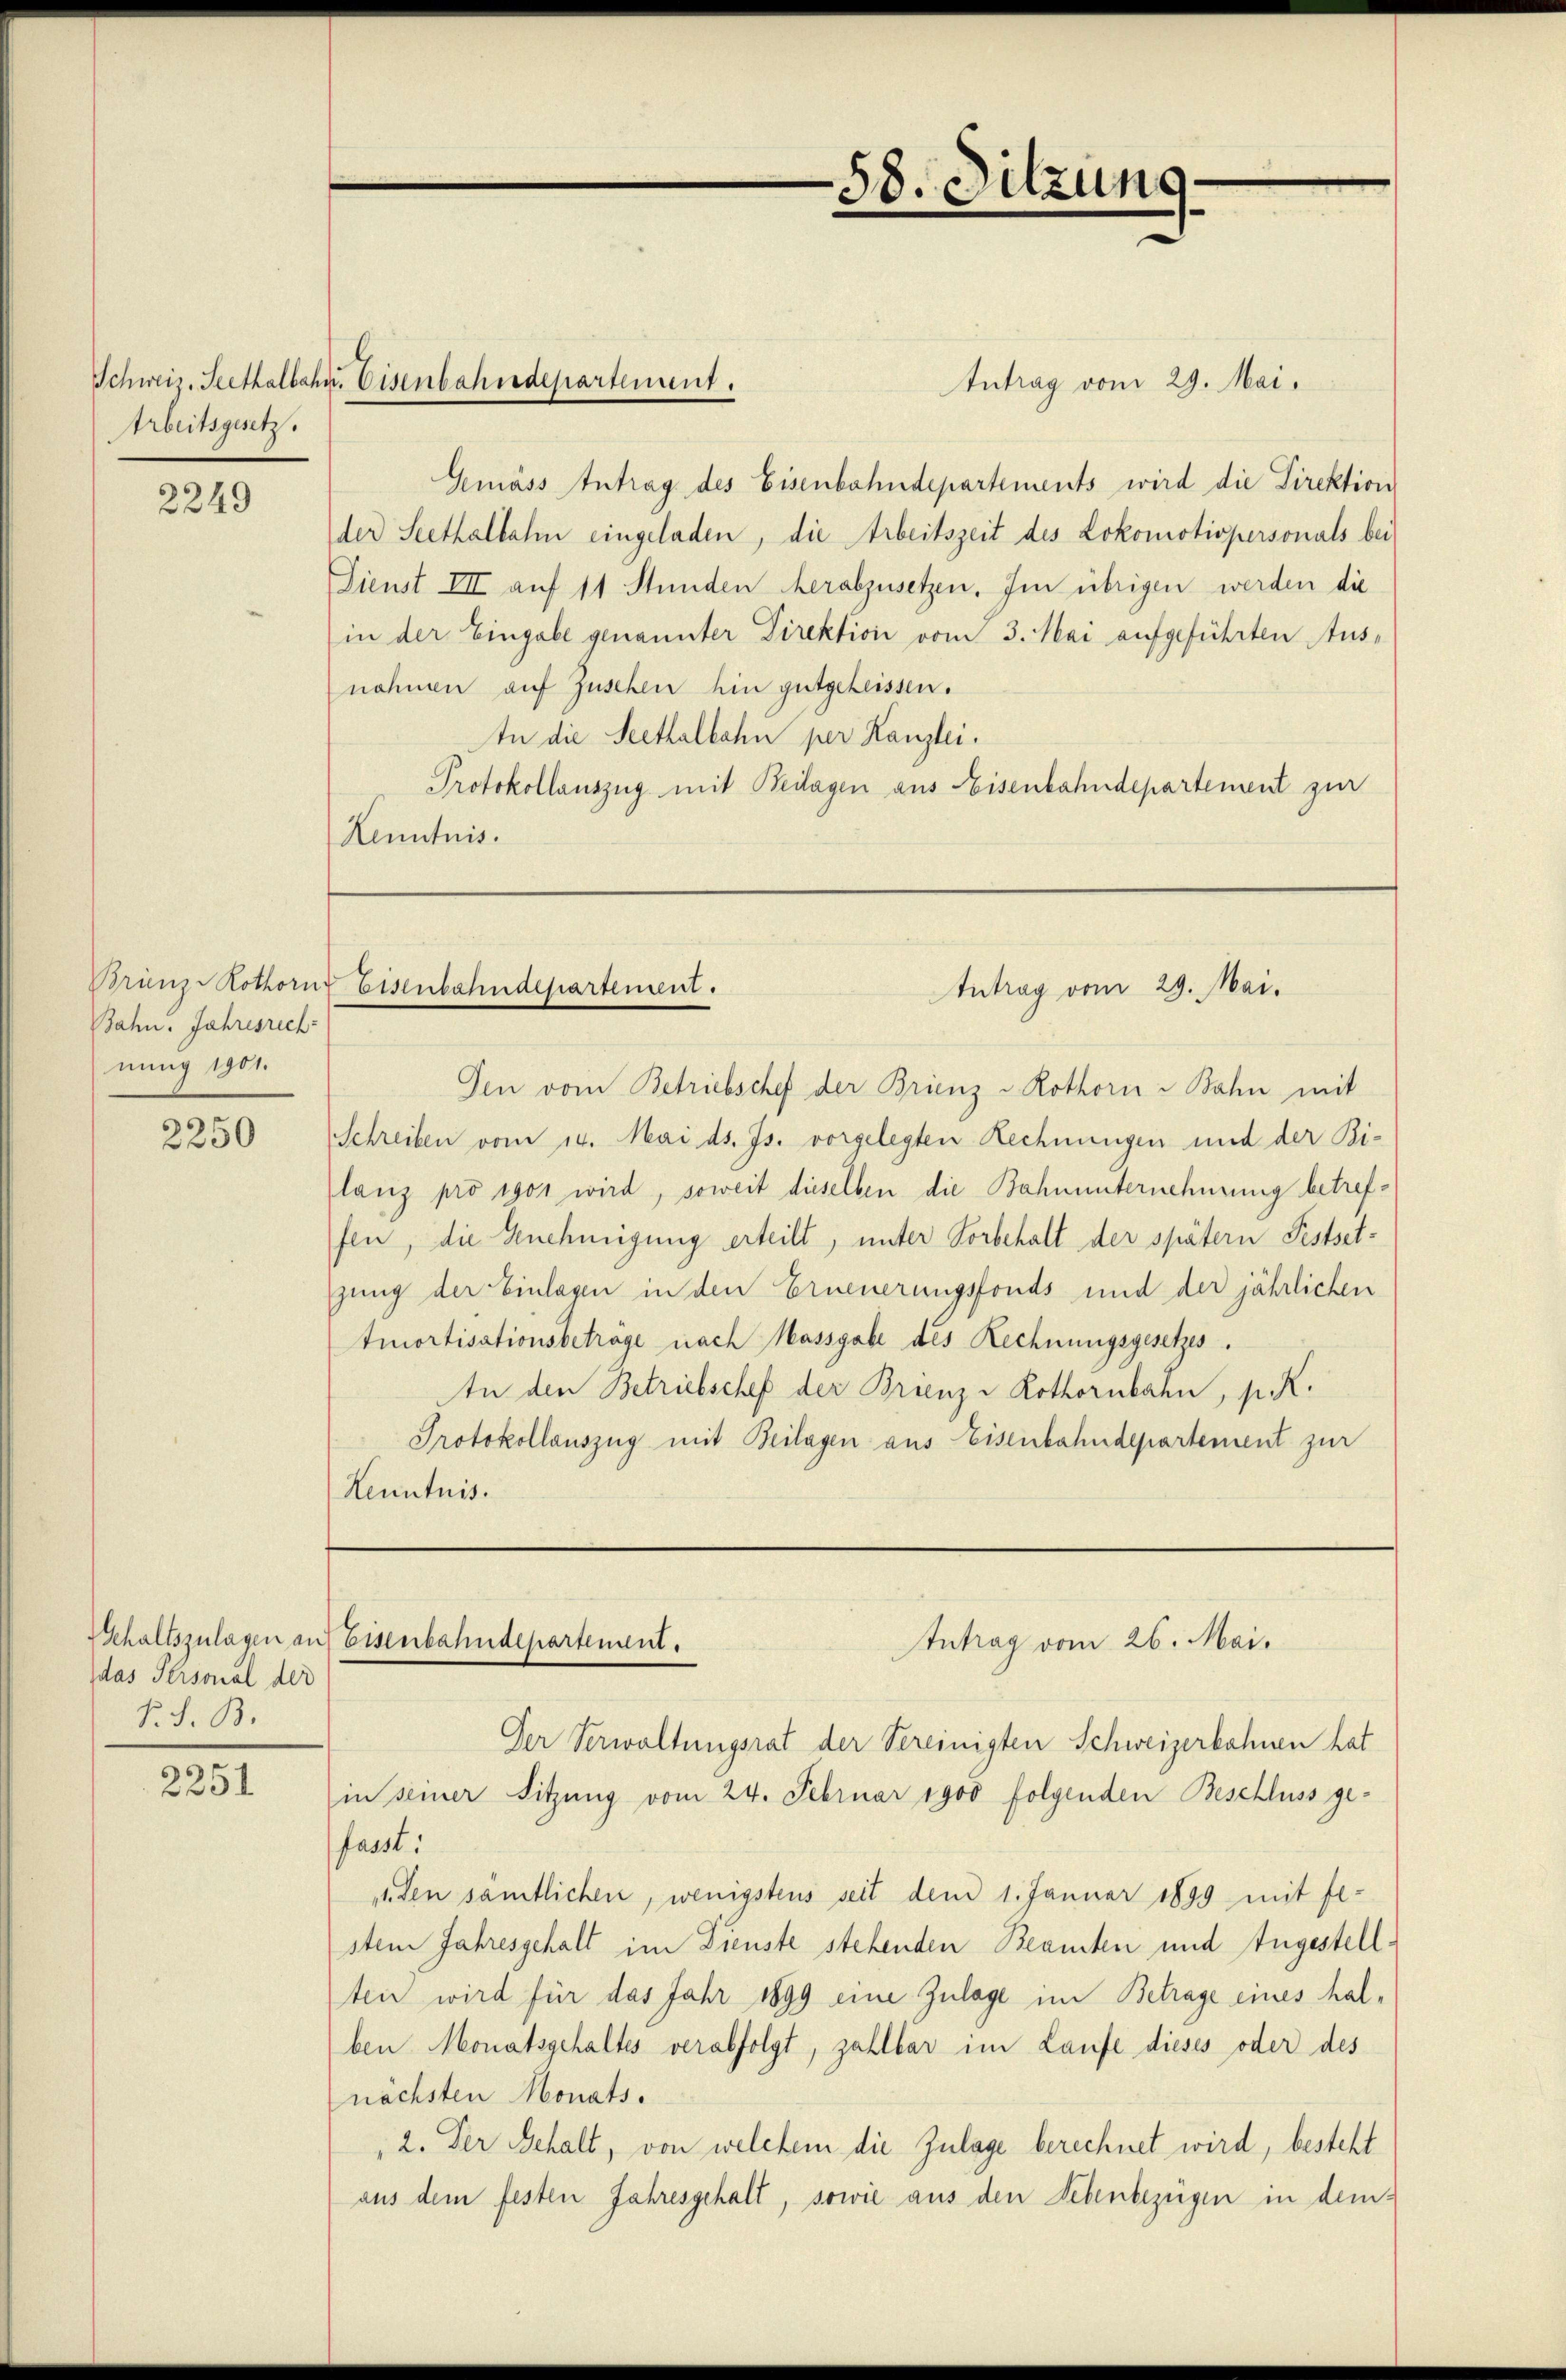
Arbeitsgesetz.

2249

Brienze Rothorn.
Bahn. Jahresrech
nung 1901.

2250

das Personal der
P.S. B.

2251

Schweiz. Seethalbahn. Eisenbahndepartement.

58. Sitzung

Eisenbahnalhartement.
Antrag vom 29. Mai.

Den vom Betriebschef der Brienz u. Rothorn u Bahn mit
Schreiben vom 14. Mai d. Js. vorgelegten Rechnungen und der Bi-
lanz pro 1901 wird, soweit dieselben die Bahnunternehmung betreffen, die Genehmigung erteilt, unter Horbehalt der spätern Festsetgung der Einlagen in den Erneuerungsfonds und der jährlichen
tmortisationsbeträge nach Massgabe des Rechnungsgesetzes.
An den Betriebschef der Brienz - Rothornbahn, p. K.
Protokollauszug mit Beilagen aus Eisenbahndepartement zur
Kenntnis.

Intrag vom 29. Mai.
Gemäss Antrag des Eisenbahndepartements wird die Direktion
der Seethalbahn eingeladen, die Arbeitszeit des Lokomotispersonals bei
Dienst III auf 11 Stunden herabzusetzen. Im übrigen werden die
in der Eingabe genannter Direktion vom 3. Mai aufgeführten Aus-
nohmen auf Zuschen hin gutgeheissen.
In die Seethalbahn per Kanzlei.
Protokollauszug mit Beilagen aus Eisenbahndepartement zur
Henntnis.

Schaltszulagen an Eisenbahndepartement.
Intrag vom 26. Mai.

Der Verwaltungsrat der Vereinigten Schweizerbahnen hat
in seiner Sitzung vom 24. Februar 1900 folgenden Beschluss gefasst.
1 den sämtlichen, wenigstens seit dem 1. Januar 1899 mit festem Jahresgehalt im Dienste stehenden Beamten und Zugestell
ten wird für das Jahr 1899 eine Zulage im Betrage eines halben Monatsgehaltes verabfolgt, zahlbar im Laufe dieses oder des
nächsten Monats.
2. Der Gehalt, von welchem die Zulage berechnet wird, besteht
aus dem festen Jahresgehalt, sowie aus den Nebenbezügen in dem